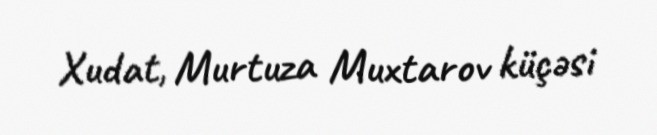
Xudat, Murtuza Muxtarov küçəsi